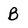
Character: B